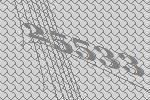
25533